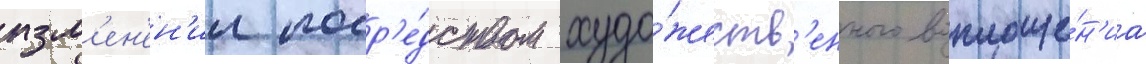
изм'ен'ен'ии поср'е́дством худо́жеств'енного воплоще́н'иа